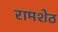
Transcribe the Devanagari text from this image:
रामशेठ